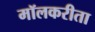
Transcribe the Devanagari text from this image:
मॉलकरीता